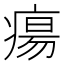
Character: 瘍